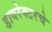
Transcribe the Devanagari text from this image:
डायरेक्टरचे